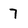
Character: 7